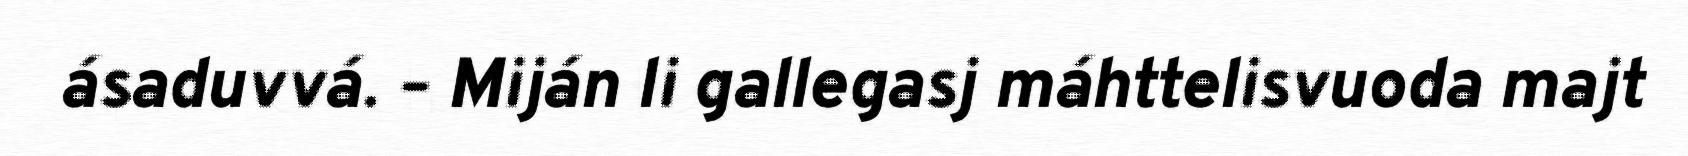
ásaduvvá. – Miján li gallegasj máhttelisvuoda majt